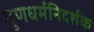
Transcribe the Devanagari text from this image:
गुणधर्मनिदर्शक